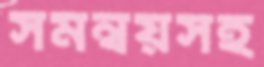
সমন্বয়সহ